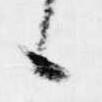
候